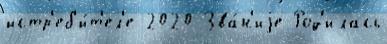
истр'еб'и́т'ел'е 2020 Зва́н'иjе Род'илась